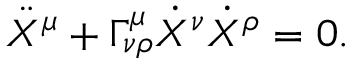
\ddot { X } ^ { \mu } + \Gamma _ { \nu \rho } ^ { \mu } \dot { X } ^ { \nu } \dot { X } ^ { \rho } = 0 .